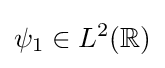
\psi _{1}\in L^{2}(\mathbb {R} )